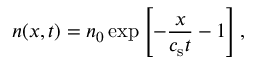
n ( x , t ) = n _ { 0 } \exp \left[ - \frac { x } { c _ { \mathrm { s } } t } - 1 \right] ,